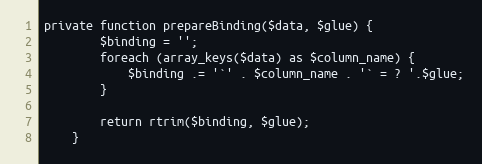
Language: PHP
private function prepareBinding($data, $glue) {
        $binding = '';
        foreach (array_keys($data) as $column_name) {
            $binding .= '`' . $column_name . '` = ? '.$glue;
        }

        return rtrim($binding, $glue);
    }